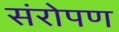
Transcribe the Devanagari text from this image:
संरोपण